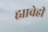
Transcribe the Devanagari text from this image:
ह्याचेही